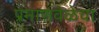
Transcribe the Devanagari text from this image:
प्रमाणवेळेचा